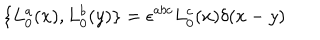
LaTeX: \{ L _ { 0 } ^ { a } ( x ) , L _ { 0 } ^ { b } ( y ) \} = \epsilon ^ { a b c } L _ { 0 } ^ { c } ( x ) \delta ( x - y )